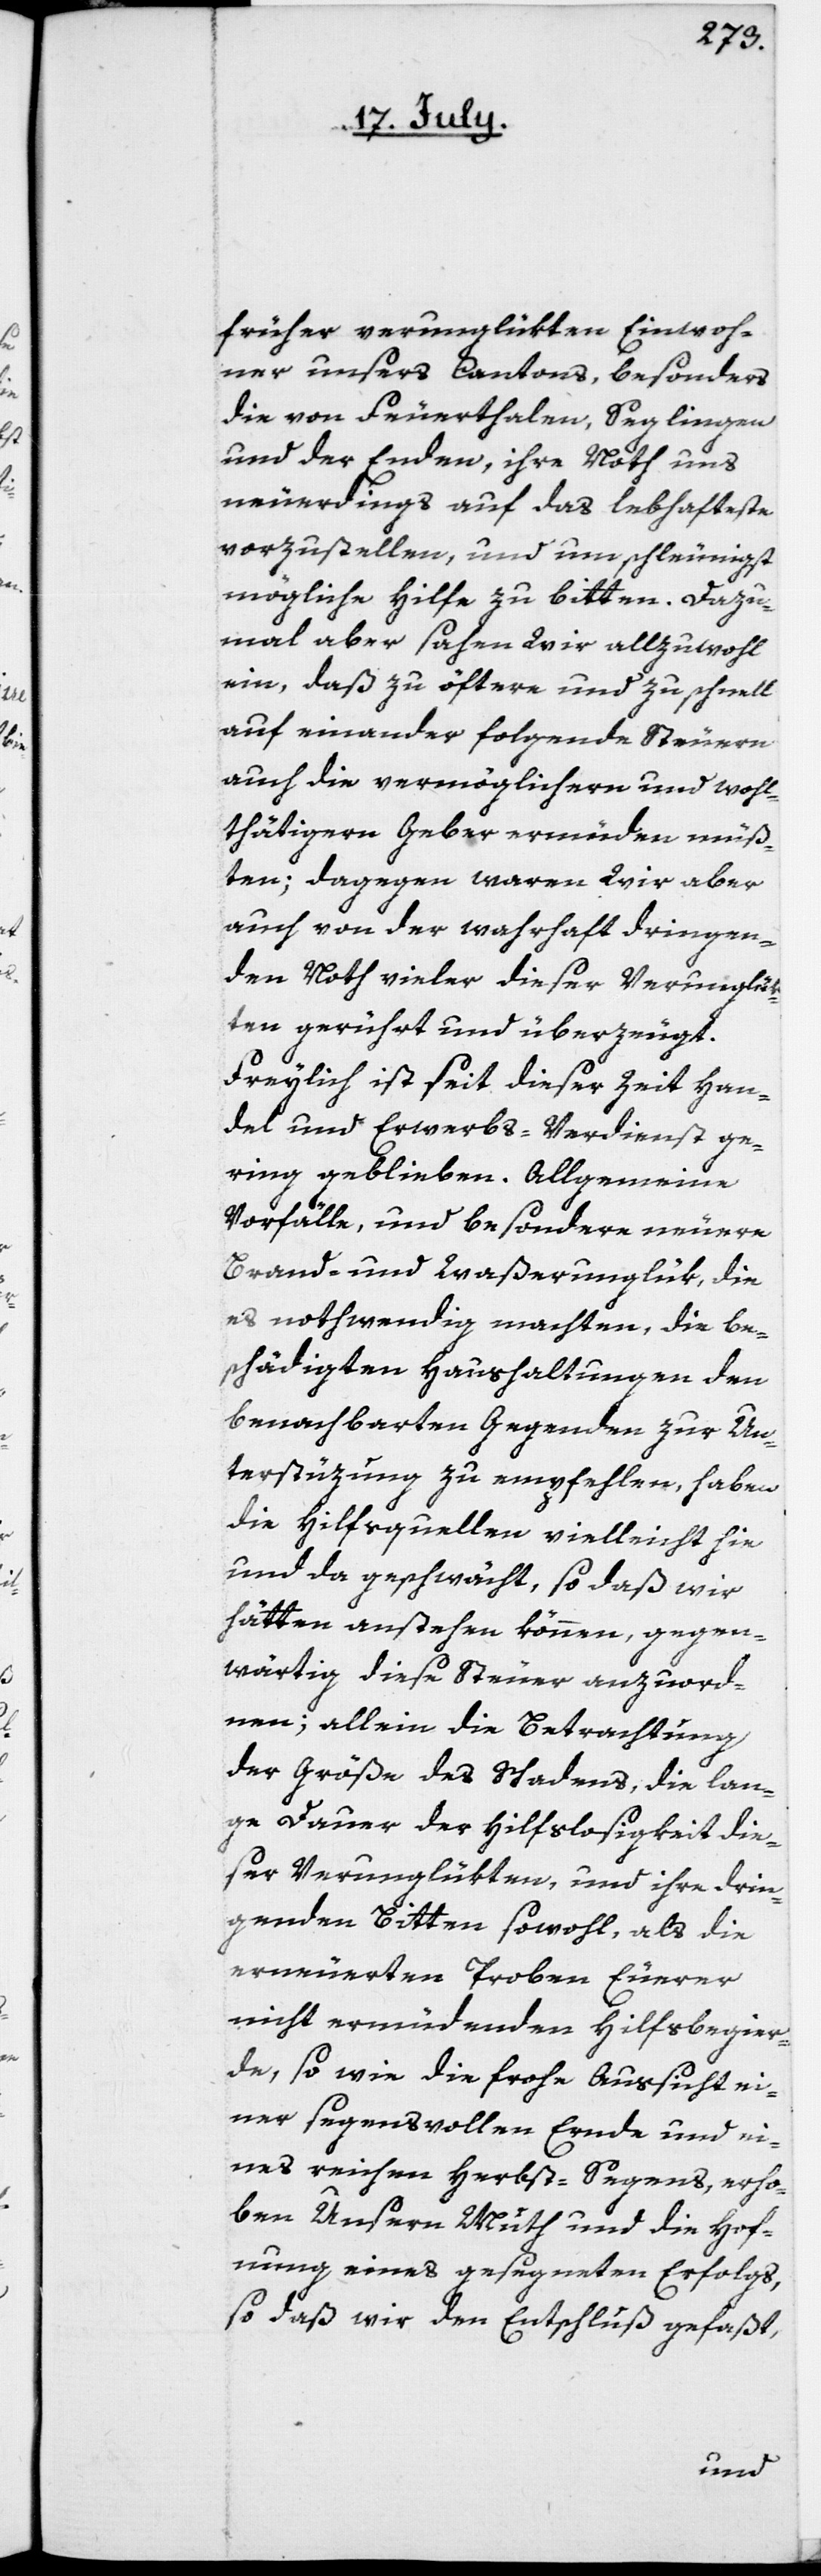
früher verunglükten Einwoh¬
ner unsers Cantons, besonders
die von Feuerthalen, Seglingen
und der Enden, ihre Noth uns
neuerdings auf das lebhafteste
vorzustellen, und um schleunigst
mögliche Hilfe zu bitten. Dazu¬
mal aber sahen Wir allzuwohl
ein, daß zu öftere und zu schnell
aufeinander folgende Steuern
auch die vermöglichern und wohl¬
thätigern Geber ermüden müß¬
ten; dagegen waren Wir aber
auch von der wahrhaft dringen¬
den Noth vieler dieser Verunglük¬
ten gerührt und überzeugt.
Freylich ist seit dieser Zeit Han¬
del und Erwerbs-Verdienst ge¬
ring geblieben. Allgemeine
Vorfälle, und besondere neuere
Brand- und Waßerunglük, die
es nothwendig machten, die be¬
schädigten Haushaltungen den
benachbarten Gegenden zur Un¬
terstüzung zu empfehlen, haben
die Hilfsquellen vielleicht hie
und da geschwächt, so daß wir
hätten anstehen können, gegen¬
wärtig diese Steuer anzuord¬
nen; allein die Betrachtung
der Größe des Schadens, die lan¬
ge Dauer der Hilfslosigkeit die¬
ser Verunglükten, und ihre drin¬
genden Bitten sowohl, als die
erneuerten Proben Euerer
nicht ermüdenden Hilfsbegier¬
de, so wie die frohe Aussicht ei¬
ner segensvollen Ernde und ei¬
nes reichen Herbst-Segens, erho¬
ben unsern Muth und die Hoff¬
nung eines gesegneten Erfolgs,
so daß wir den Entschluß gefaßt,